Report on lock hospitals in British Burma
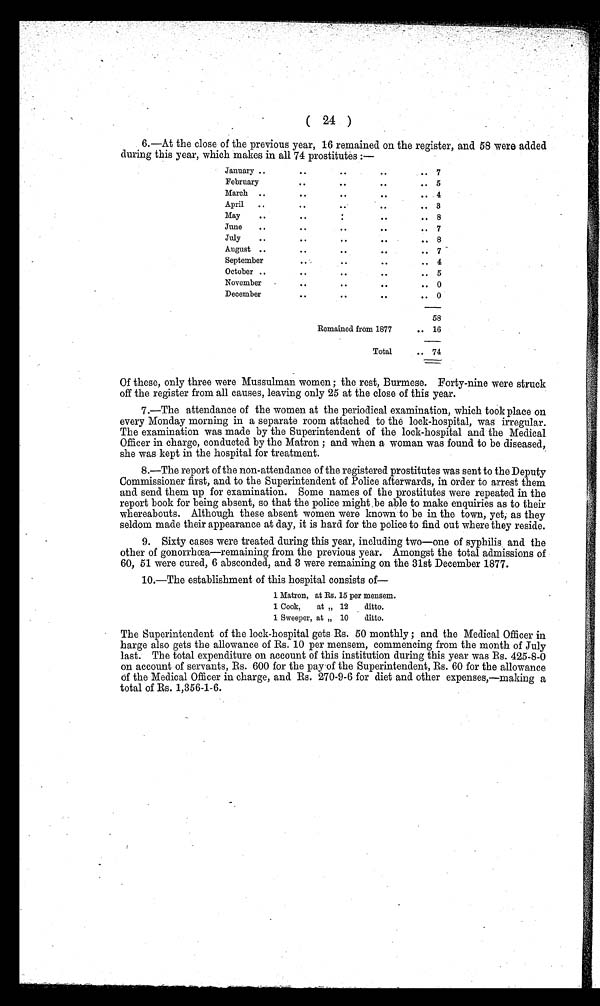
( 24 )
6.—At the close of the previous year, 16 remained on the register, and 58 were added
during this year, which makes in all 74 prostitutes :—
January ..
..
..
..
7
February..
..
..
5
March ..
..
..
..
4
April..
..
..
3
May
..
..
..
..
8
June
.. ..
. .
..
7
July
..
..
. .
..
8
August ..
..
. .
..
7
September
..
. .
..
4
October ..
..
..
..
5
November
..
. .
..
0
December
..
. .
..
0
Remained from 1877
58
..
16
Total
74
Of these, only three were Mussulman women; the rest, Burmese. Forty-nine were struck
off the register from all causes, leaving only 25 at the close of this year.
7.—The attendance of the women at the periodical examination, which took place on
every Monday morning in a separate room attached to the lock-hospital, was irregular.
The examination was made by the Superintendent of the lock-hospital and the Medical
Officer in charge, conducted by the Matron; and when a woman was found to be diseased,
she was kept in the hospital for treatment.
8.—The report of the non-attendance of the registered prostitutes was sent to the Deputy
Commissioner first, and to the Superintendent of Police afterwards, in order to arrest them
and send them up for examination. Some names of the prostitutes were repeated in the
report book for being absent, so that the police might be able to make enquiries as to their
whereabouts. Although these absent women were known to be in the town, yet, as they
seldom made their appearance at day, it is hard for the police to find out where they reside.
9. Sixty cases were treated during this year, including two—one of syphilis and the
other of gonorrhœa—remaining from the previous year. Amongst the total admissions of
60, 51 were cured, 6 absconded, and 3 were remaining on the 31st December 1877.
10.—The establishment of this hospital consists of—
1 Matron, at Rs. 15 per mensem.
1 Cook,
at „ 12
ditto.
1 Sweeper, at „ 10
ditto.
The Superintendent of the lock-hospital gets Rs. 50 monthly; and the Medical Officer in
harge also gets the allowance of Rs. 10 per mensem, commencing from the month of July
last. The total expenditure on account of this institution during this year was Rs. 425-8-0
on account of servants, Rs. 600 for the pay of the Superintendent, Rs. 60 for the allowance
of the Medical Officer in charge, and Rs. 270-9-6 for diet and other expenses,—making a
total of Rs. 1,356-1-6.